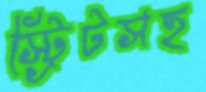
স্ট্রিটসহ